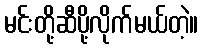
မင်းတို့ဆီပို့လိုက်မယ်တဲ့။